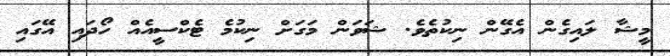
މީޝާ ލައިގެން އެގޭން ނިކުތެވެ. ޝަވަން މަގަށް ނިކުމެ ޓެކްސީއެއް ހޯދައި އޭގައި